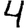
Digit: 4